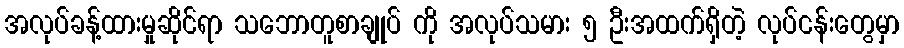
အလုပ်ခန့်ထားမှုဆိုင်ရာ သဘောတူစာချုပ် ကို အလုပ်သမား ၅ ဦးအထက်ရှိတဲ့ လုပ်ငန်းတွေမှာ